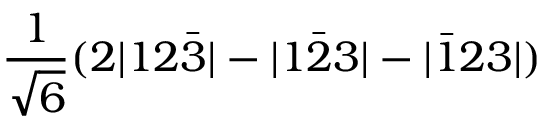
\frac { 1 } { \sqrt { 6 } } ( 2 | 1 2 \bar { 3 } | - | 1 \bar { 2 } 3 | - | \bar { 1 } 2 3 | )